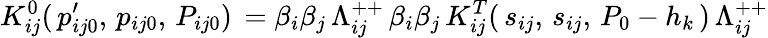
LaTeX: K_{ij}^{0}(\, p_{ij0}^{\prime},\, p_{ij0},\, P_{ij0})\, =\beta_{i}\beta_{j}\, \Lambda_{ij}^{++}\, \beta_{i}\beta_{j}\, K_{ij}^{T}(\, s_{ij},\, s_{ij},\, P_{0}-h_{k}\, )\, \Lambda_{ij}^{++}